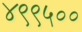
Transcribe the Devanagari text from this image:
४९९५००